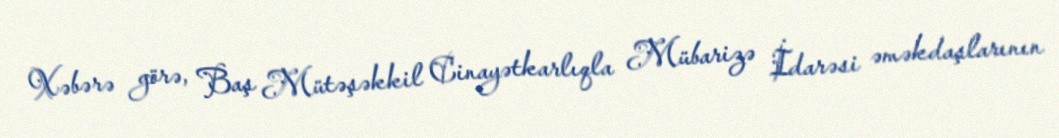
Xəbərə görə, Baş Mütəşəkkil Cinayətkarlıqla Mübarizə İdarəsi əməkdaşlarının